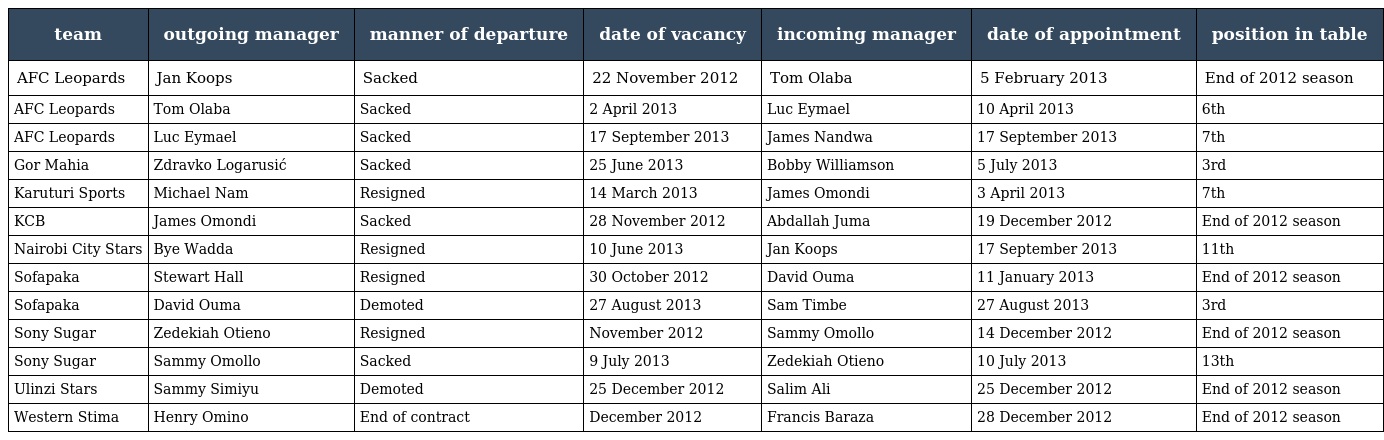
| team | outgoing manager | manner of departure | date of vacancy | incoming manager | date of appointment | position in table |
 | --- | --- | --- | --- | --- | --- | --- |
 | AFC Leopards | Jan Koops | Sacked | 22 November 2012 | Tom Olaba | 5 February 2013 | End of 2012 season |
 | AFC Leopards | Tom Olaba | Sacked | 2 April 2013 | Luc Eymael | 10 April 2013 | 6th |
 | AFC Leopards | Luc Eymael | Sacked | 17 September 2013 | James Nandwa | 17 September 2013 | 7th |
 | Gor Mahia | Zdravko Logarusić | Sacked | 25 June 2013 | Bobby Williamson | 5 July 2013 | 3rd |
 | Karuturi Sports | Michael Nam | Resigned | 14 March 2013 | James Omondi | 3 April 2013 | 7th |
 | KCB | James Omondi | Sacked | 28 November 2012 | Abdallah Juma | 19 December 2012 | End of 2012 season |
 | Nairobi City Stars | Bye Wadda | Resigned | 10 June 2013 | Jan Koops | 17 September 2013 | 11th |
 | Sofapaka | Stewart Hall | Resigned | 30 October 2012 | David Ouma | 11 January 2013 | End of 2012 season |
 | Sofapaka | David Ouma | Demoted | 27 August 2013 | Sam Timbe | 27 August 2013 | 3rd |
 | Sony Sugar | Zedekiah Otieno | Resigned | November 2012 | Sammy Omollo | 14 December 2012 | End of 2012 season |
 | Sony Sugar | Sammy Omollo | Sacked | 9 July 2013 | Zedekiah Otieno | 10 July 2013 | 13th |
 | Ulinzi Stars | Sammy Simiyu | Demoted | 25 December 2012 | Salim Ali | 25 December 2012 | End of 2012 season |
 | Western Stima | Henry Omino | End of contract | December 2012 | Francis Baraza | 28 December 2012 | End of 2012 season |